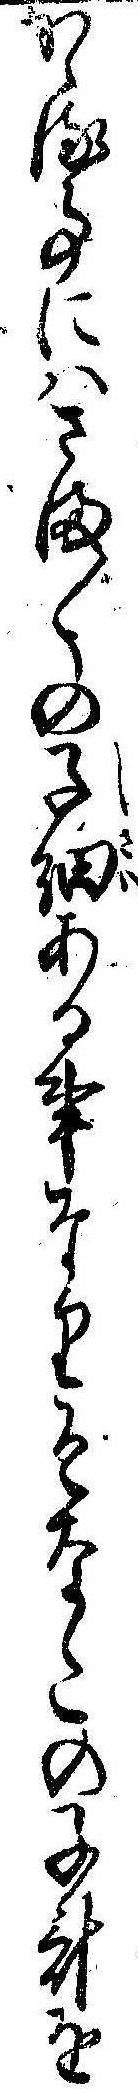
かゝる事にはさま〲の子細ある事なりそなたの子計を